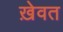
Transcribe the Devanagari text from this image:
ख़ेवत